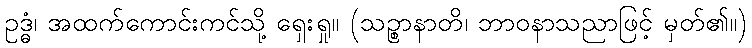
ဥဒ္ဓံ၊ အထက်ကောင်းကင်သို့ ရှေးရှု။ (သဉ္စာနာတိ၊ ဘာဝနာသညာဖြင့် မှတ်၏။)